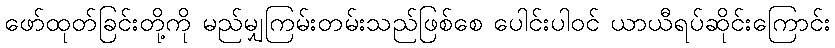
ဖော်ထုတ်ခြင်းတို့ကို မည်မျှကြမ်းတမ်းသည်ဖြစ်စေ ပေါင်းပါဝင် ယာယီရပ်ဆိုင်းကြောင်း